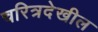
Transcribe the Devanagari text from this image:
चरित्रदेखील